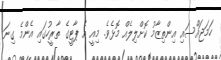
ހަމަޖައްސައި އިންތިޒާމު ކޮށްލިލެއް މޮޅެވެ. މިއީ އެ ޕާޓީގެ ތާރީހުގައި އެންމެ ގިނަ